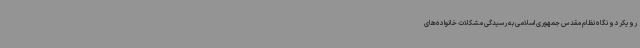
رویکرد و نگاه نظام مقدس جمهوری اسلامی به رسیدگی مشکلات خانواده‌های